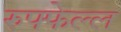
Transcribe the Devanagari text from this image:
रुफ्फेल्ल